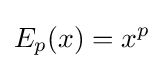
E_{p}(x)=x^{p}